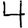
Digit: 4